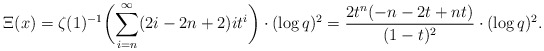
\begin{align*} \Xi(x) = \zeta(1)^{-1}\biggl(\sum_{i=n}^\infty(2i-2n+2)it^i\biggr)\cdot (\log q)^2 = \frac{2 t^n (-n - 2 t + n t)}{(1 - t)^2}\cdot (\log q)^2.\end{align*}